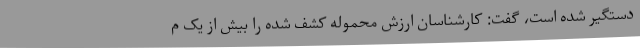
دستگیر شده است، گفت: کارشناسان ارزش محموله کشف شده را بیش از یک م